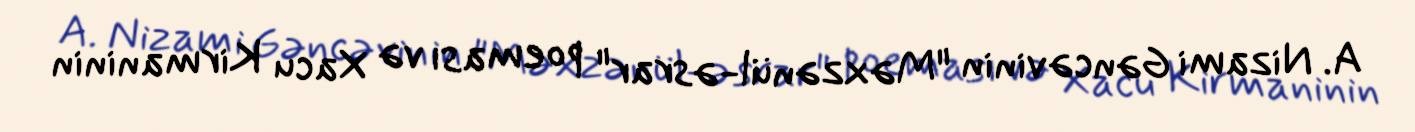
A. Nizami Gəncəvinin "Məxzənül-əsrar" poeması və Xacu Kirmaninin